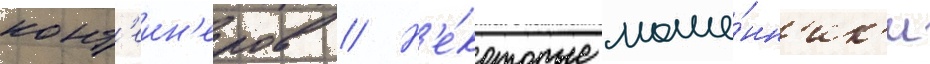
конт'еин'еров // Н'е́которые моше́нн'ик'и